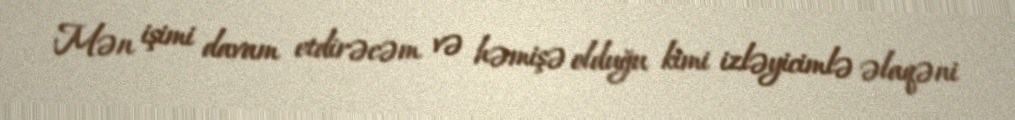
Mən işimi davam etdirəcəm və həmişə olduğu kimi izləyicimlə əlaqəni